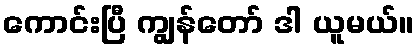
ကောင်းပြီ ကျွန်တော် ဒါ ယူမယ်။